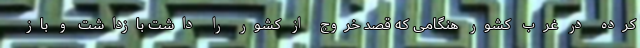
کرده در غرب کشور هنگامی که قصد خروج از کشور را داشت بازداشت و باز